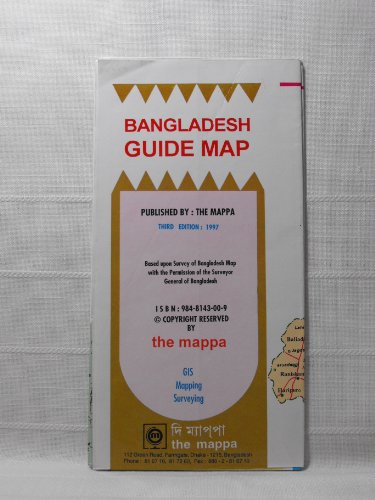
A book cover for Bangladesh guide map; Mappa (Firm); Travel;